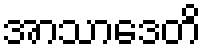
အာသာဒေတိ